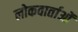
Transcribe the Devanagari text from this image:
लोकवार्ताओं